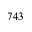
7 4 3